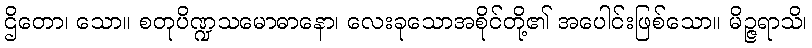
ဌိတော၊ သော။ စတုပိဏ္ဍသမောဓာနော၊ လေးခုသောအစိုင်တို့၏ အပေါင်းဖြစ်သော။ မိဉ္ဇရာသိ၊